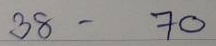
38 - 70